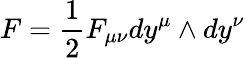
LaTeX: F={\frac{1}{2}}F_{\mu\nu}dy^{\mu}\wedge dy^{\nu}